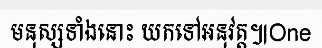
មនុស្សទាំងនោះ យកទៅអនុវត្ត៕One